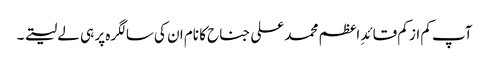
آپ کم از کم قائدِ اعظم محمد علی جناح کا نام ان کی سالگرہ پر ہی لے لیتے ۔